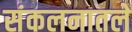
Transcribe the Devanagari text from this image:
संकलनातले